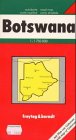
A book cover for Middle East and Africa Road Map: Botswana with Guide 1:1.75m (Road Map); Travel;